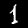
Label: 1